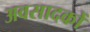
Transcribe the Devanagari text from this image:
अवसादकों